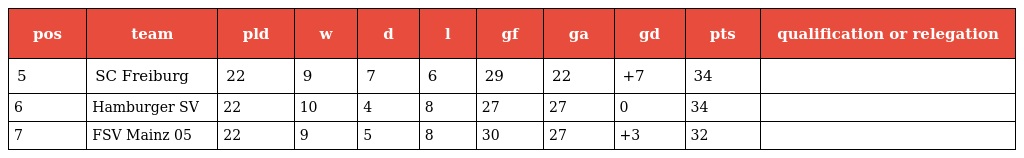
| pos | team | pld | w | d | l | gf | ga | gd | pts | qualification or relegation |
 | --- | --- | --- | --- | --- | --- | --- | --- | --- | --- | --- |
 | 5 | SC Freiburg | 22 | 9 | 7 | 6 | 29 | 22 | +7 | 34 |  |
 | 6 | Hamburger SV | 22 | 10 | 4 | 8 | 27 | 27 | 0 | 34 |  |
 | 7 | FSV Mainz 05 | 22 | 9 | 5 | 8 | 30 | 27 | +3 | 32 |  |